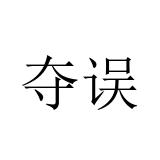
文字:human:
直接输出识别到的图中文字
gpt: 夺误